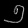
Digit: ၅